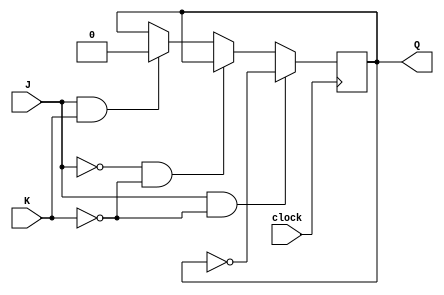
module JK_latch (
    input J,
    input K,
    input clock,
    output reg Q
);

always @(posedge clock) begin
    if (J & !K)
        Q <= ~Q;
    else if (!J & !K)
        Q <= Q;
    else if (J & K)
        Q <= 1'b0;
end

endmodule